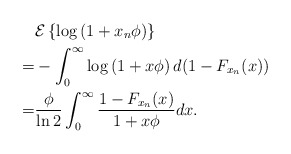
\begin{align*}&\mathcal{E}\left\{\log \left(1+x_n\phi \right) \right\}\\ =&- \int^{\infty}_{0}\log \left(1+x\phi \right) d (1-F_{x_n}(x))\\ =&\frac{\phi}{\ln 2}\int^{\infty}_{0} \frac{1-F_{x_n}(x)}{1+x\phi}dx.\end{align*}